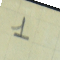
1